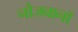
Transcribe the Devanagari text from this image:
नौजवानॉ